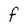
Character: F